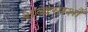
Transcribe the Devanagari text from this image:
शब्दस्पर्शौ